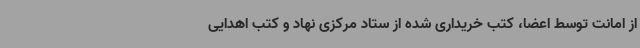
از امانت توسط اعضا، کتب خریداری شده از ستاد مرکزی نهاد و کتب اهدایی